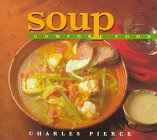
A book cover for Soup: Comfort Food; Charles Pierce; Cookbooks, Food & Wine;